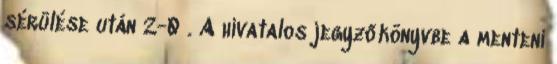
sérülése után 2-0 . A hivatalos jegyzőkönyvbe a menteni